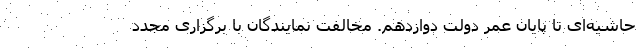
حاشیه‌ای تا پایان عمر دولت دوازدهم. مخالفت نمایندگان با برگزاری مجدد